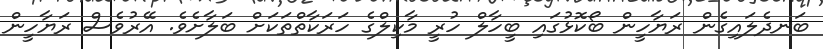
ބަނދެލައިގެން ރަޔާހީން ބޯކޮޅުގައި ބީހާލް ހުރީ މާކިލްގެ ހަރަކާތްތަކަށް ބަލާށެވެ. އޭރުވެސް ރަޔާހީން